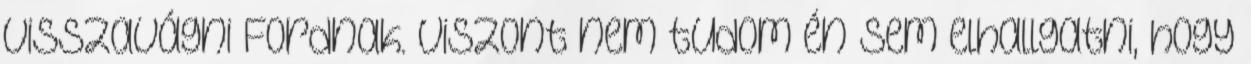
visszavágni Fordnak. Viszont nem tudom én sem elhallgatni, hogy